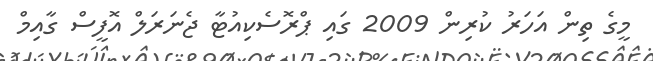
މީގެ ތިން އަހަރު ކުރިން 2009 ގައި ޕްރޮސެކިއުޓާ ޖެނަރަލް އޮފީސް ގާއިމް